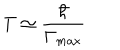
T \simeq \frac \hbar { \Gamma _ { \max } }